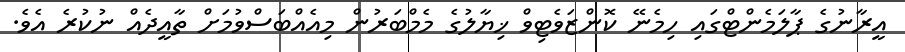
އީރާނުގެ ޕާލަމެންޓްގައި ހިމެނޭ ކޮންޒަވެޓިވް ޚިޔާލުގެ މެމްބަރުން މިއެއްބަސްވުމަށް ތާއީދެއް ނުކުރެ އެވެ.